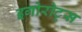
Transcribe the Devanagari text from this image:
इगोरोट्स